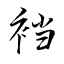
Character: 裆